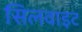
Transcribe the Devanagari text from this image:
सिलवाइट